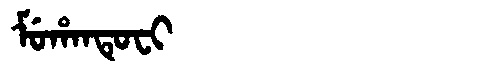
Manchu: ᠮᡠᡥᠠᠨᡨᡠᠸᡳ
Romanization: MUHANTUFI